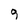
Character: 9